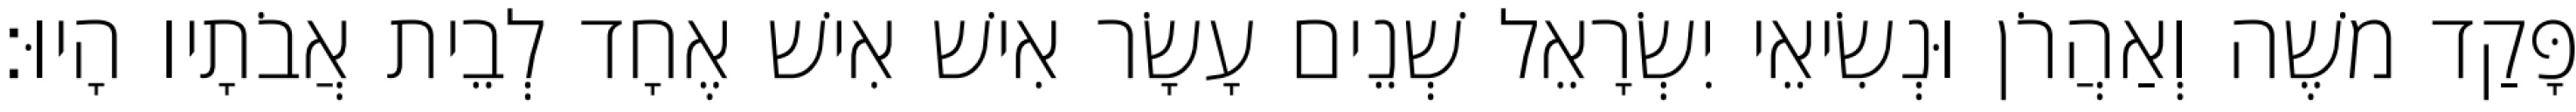
פָּקַד משֶׁה וְאַהֲרֹן וּנְשִׂיאֵי יִשְׂרָאֵל שְׁנֵים עָשָׂר אִישׁ אִישׁ אֶחָד לְבֵית אֲבֹתָיו הָיוּ׃